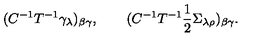
( C ^ { - 1 } T ^ { - 1 } \gamma _ { \lambda } ) _ { \beta \gamma } , \qquad ( C ^ { - 1 } T ^ { - 1 } { \mathrm { \small \frac 1 2 } } \Sigma _ { \lambda \rho } ) _ { \beta \gamma } .